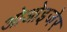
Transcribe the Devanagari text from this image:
ओओइजेर